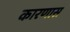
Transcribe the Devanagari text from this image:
कारणास